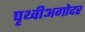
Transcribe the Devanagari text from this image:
पृथ्वीअगोदर